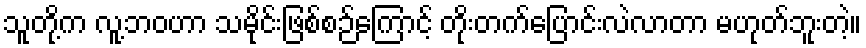
သူတို့က လူ့ဘဝဟာ သမိုင်းဖြစ်စဉ်ကြောင့် တိုးတက်ပြောင်းလဲလာတာ မဟုတ်ဘူးတဲ့။